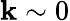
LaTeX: \mathbf{k}\sim0